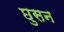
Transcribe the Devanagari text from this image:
छुसन